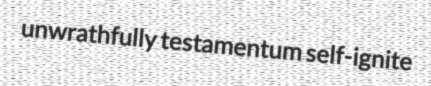
unwrathfully testamentum self-ignite